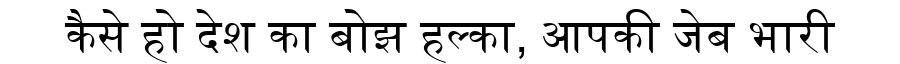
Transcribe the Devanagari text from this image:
कैसे हो देश का बोझ हल्का, आपकी जेब भारी